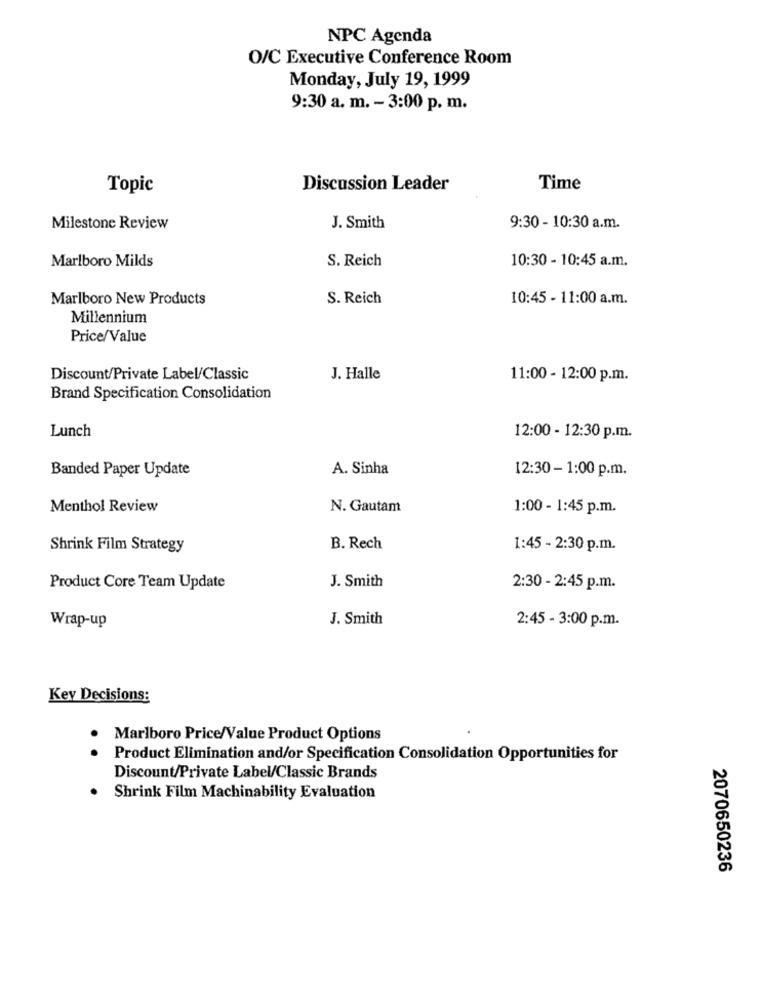
NPC Agenda
O/C Executive Conference Room
Monday, July 19, 1999
9:30 a. m. - 3:00 p. m.
Topic
Discussion Leader
Time
Milestone Review
J. Smith
9:30 - 10:30 a.m.
Marlboro Milds
S. Reich
10:30 - 10:45 a.m.
Marlboro New Products
S. Reich
10:45 - 11:00 a.m.
Millennium
Price/Value
Discount/Private Label/Classic
J. Halle
11:00 - 12:00 p.m.
Brand Specification Consolidation
Lunch
12:00 - 12:30 p.m.
Banded Paper Update
A. Sinha
12:30- 1:00 p.m.
Menthol Review
N. Gautam
1:00 - 1:45 p.m.
Shrink Film Strategy
B. Rech
1:45 - 2:30 p.m.
J. Smith
Product Core Team Update
2:30 - 2:45 p.m.
J. Smith
2:45 - 3:00 p.m.
Wrap-up
Key Decisions:
Marlboro Price/Value Product Options
Product Elimination and/or Specification Consolidation Opportunities for
Discount/Private Label/Classic Brands
. Shrink Film Machinability Evaluation
2070650236